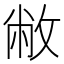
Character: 敝